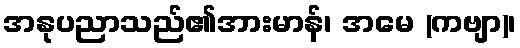
အနုပညာသည်၏အားမာန်၊ အမေ (ကဗျာ)၊